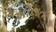
શીલતા